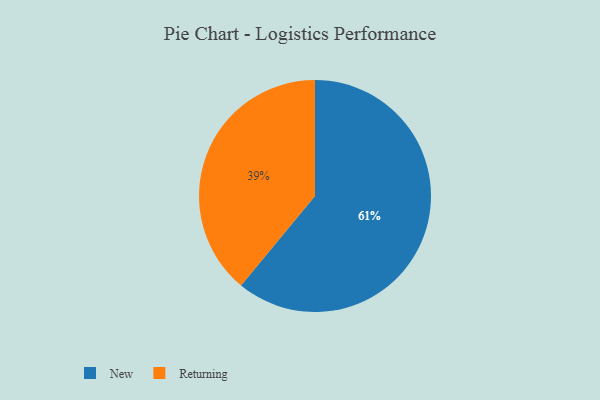
{"axis": {"x": "Category", "y": "Percentage"}, "legend": ["New", "Returning"], "data": [{"x": "New", "y": 61, "type": "New"}, {"x": "Returning", "y": 39, "type": "Returning"}]}